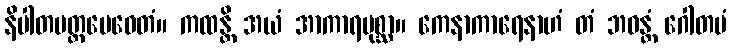
နိပါတမတ္တမေဝေတံ။ ကထန္တိ အယံ အာကာရပုစ္ဆာ။ ကေနာကာရေနာဟံ တံ ဘဝန္တံ ဂေါတမံ